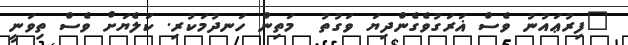
"ފިރުޢައުނު ވެސް ޣަރަގުވެގެންދިޔަ ވަގުތު  މަތިން ހަނދުމަކުރި. ކަލެޔަށް ވެސް ތިވަނީ